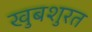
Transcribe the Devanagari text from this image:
खुबशुरत